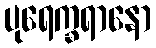
ပုရေက္ခရာနော